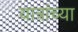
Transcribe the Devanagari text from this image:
यात्रांच्या